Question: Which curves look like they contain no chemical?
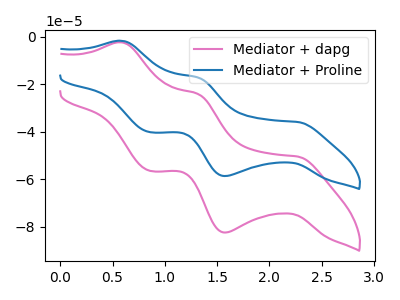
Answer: <think>The pink curve "Mediator + dapg" has anodic peaks at (0.60V, -2.30uA) (1.30V, -24.00uA) and cathodic peaks at (2.25V, -50.35uA) (1.60V, -82.35uA) (0.85V, -56.40uA). The blue curve "Mediator + Proline" has anodic peaks at (0.60V, -1.65uA) (1.30V, -17.05uA) and cathodic peaks at (2.25V, -35.80uA) (1.60V, -58.55uA) (0.85V, -40.10uA).</think>
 <answer>There are not any CV's on this graph that are likely to be blanks.</answer>
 <eval>none</eval>